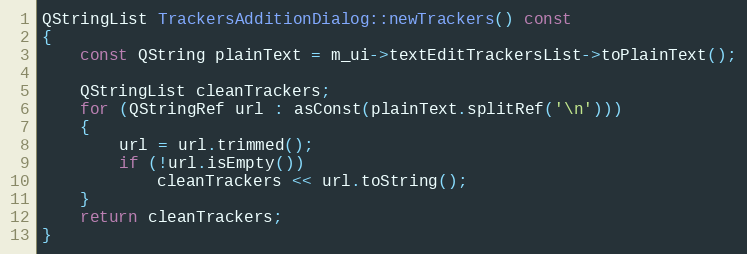
Language: C++
QStringList TrackersAdditionDialog::newTrackers() const
{
    const QString plainText = m_ui->textEditTrackersList->toPlainText();

    QStringList cleanTrackers;
    for (QStringRef url : asConst(plainText.splitRef('\n')))
    {
        url = url.trimmed();
        if (!url.isEmpty())
            cleanTrackers << url.toString();
    }
    return cleanTrackers;
}